Civil Veterinary Dept. North-West Frontier Province 1933-46 - 1933-1946
Year: 1933
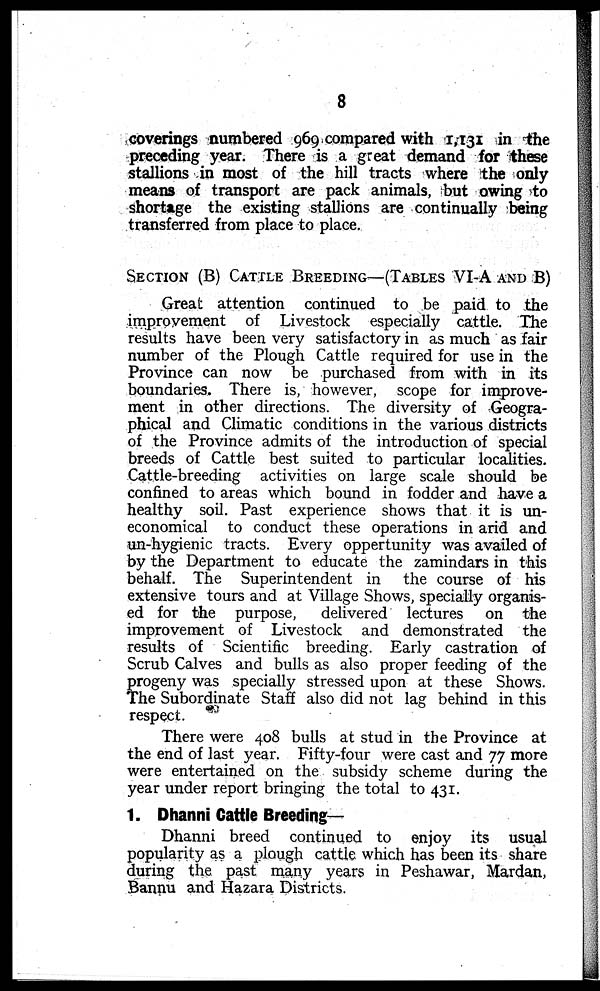
8
coverings numbered 969 compared with 1,131 in the
preceding year. There is a great demand for these
stallions in most of the hill tracts where the only
means of transport are pack animals, but owing to
shortage the existing stallions are continually being
transferred from place to place.
SECTION (B) CATTLE BREEDING—(TABLES VI-A AND B)
Great attention continued to be paid to the
improvement of Livestock especially cattle. The
results have been very satisfactory in as much as fair
number of the Plough Cattle required for use in the
Province can now be purchased from with in its
boundaries. There is, however, scope for improve-
ment in other directions. The diversity of Geogra-
phical and Climatic conditions in the various districts
of the Province admits of the introduction of special
breeds of Cattle best suited to particular localities.
Cattle-breeding activities on large scale should be
confined to areas which bound in fodder and have a
healthy soil. Past experience shows that it is un-
economical to conduct these operations in arid and
un-hygienic tracts. Every oppertunity was availed of
by the Department to educate the zamindars in this
behalf. The Superintendent in the course of his
extensive tours and at Village Shows, specially organis-
ed for the purpose, delivered lectures on the
improvement of Livestock and demonstrated the
results of Scientific breeding. Early castration of
Scrub Calves and bulls as also proper feeding of the
progeny was specially stressed upon at these Shows.
The Subordinate Staff also did not lag behind in this
respect.
There were 408 bulls at stud in the Province at
the end of last year. Fifty-four were cast and 77 more
were entertained on the subsidy scheme during the
year under report bringing the total to 431.
1. Dhanni Cattle Breeding—
Dhanni breed continued to enjoy its usual
popularity as a plough cattle which has been its share
during the past many years in Peshawar, Mardan,
Bannu and Hazara Districts.